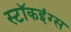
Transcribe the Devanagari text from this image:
स्टॉकइंग्स